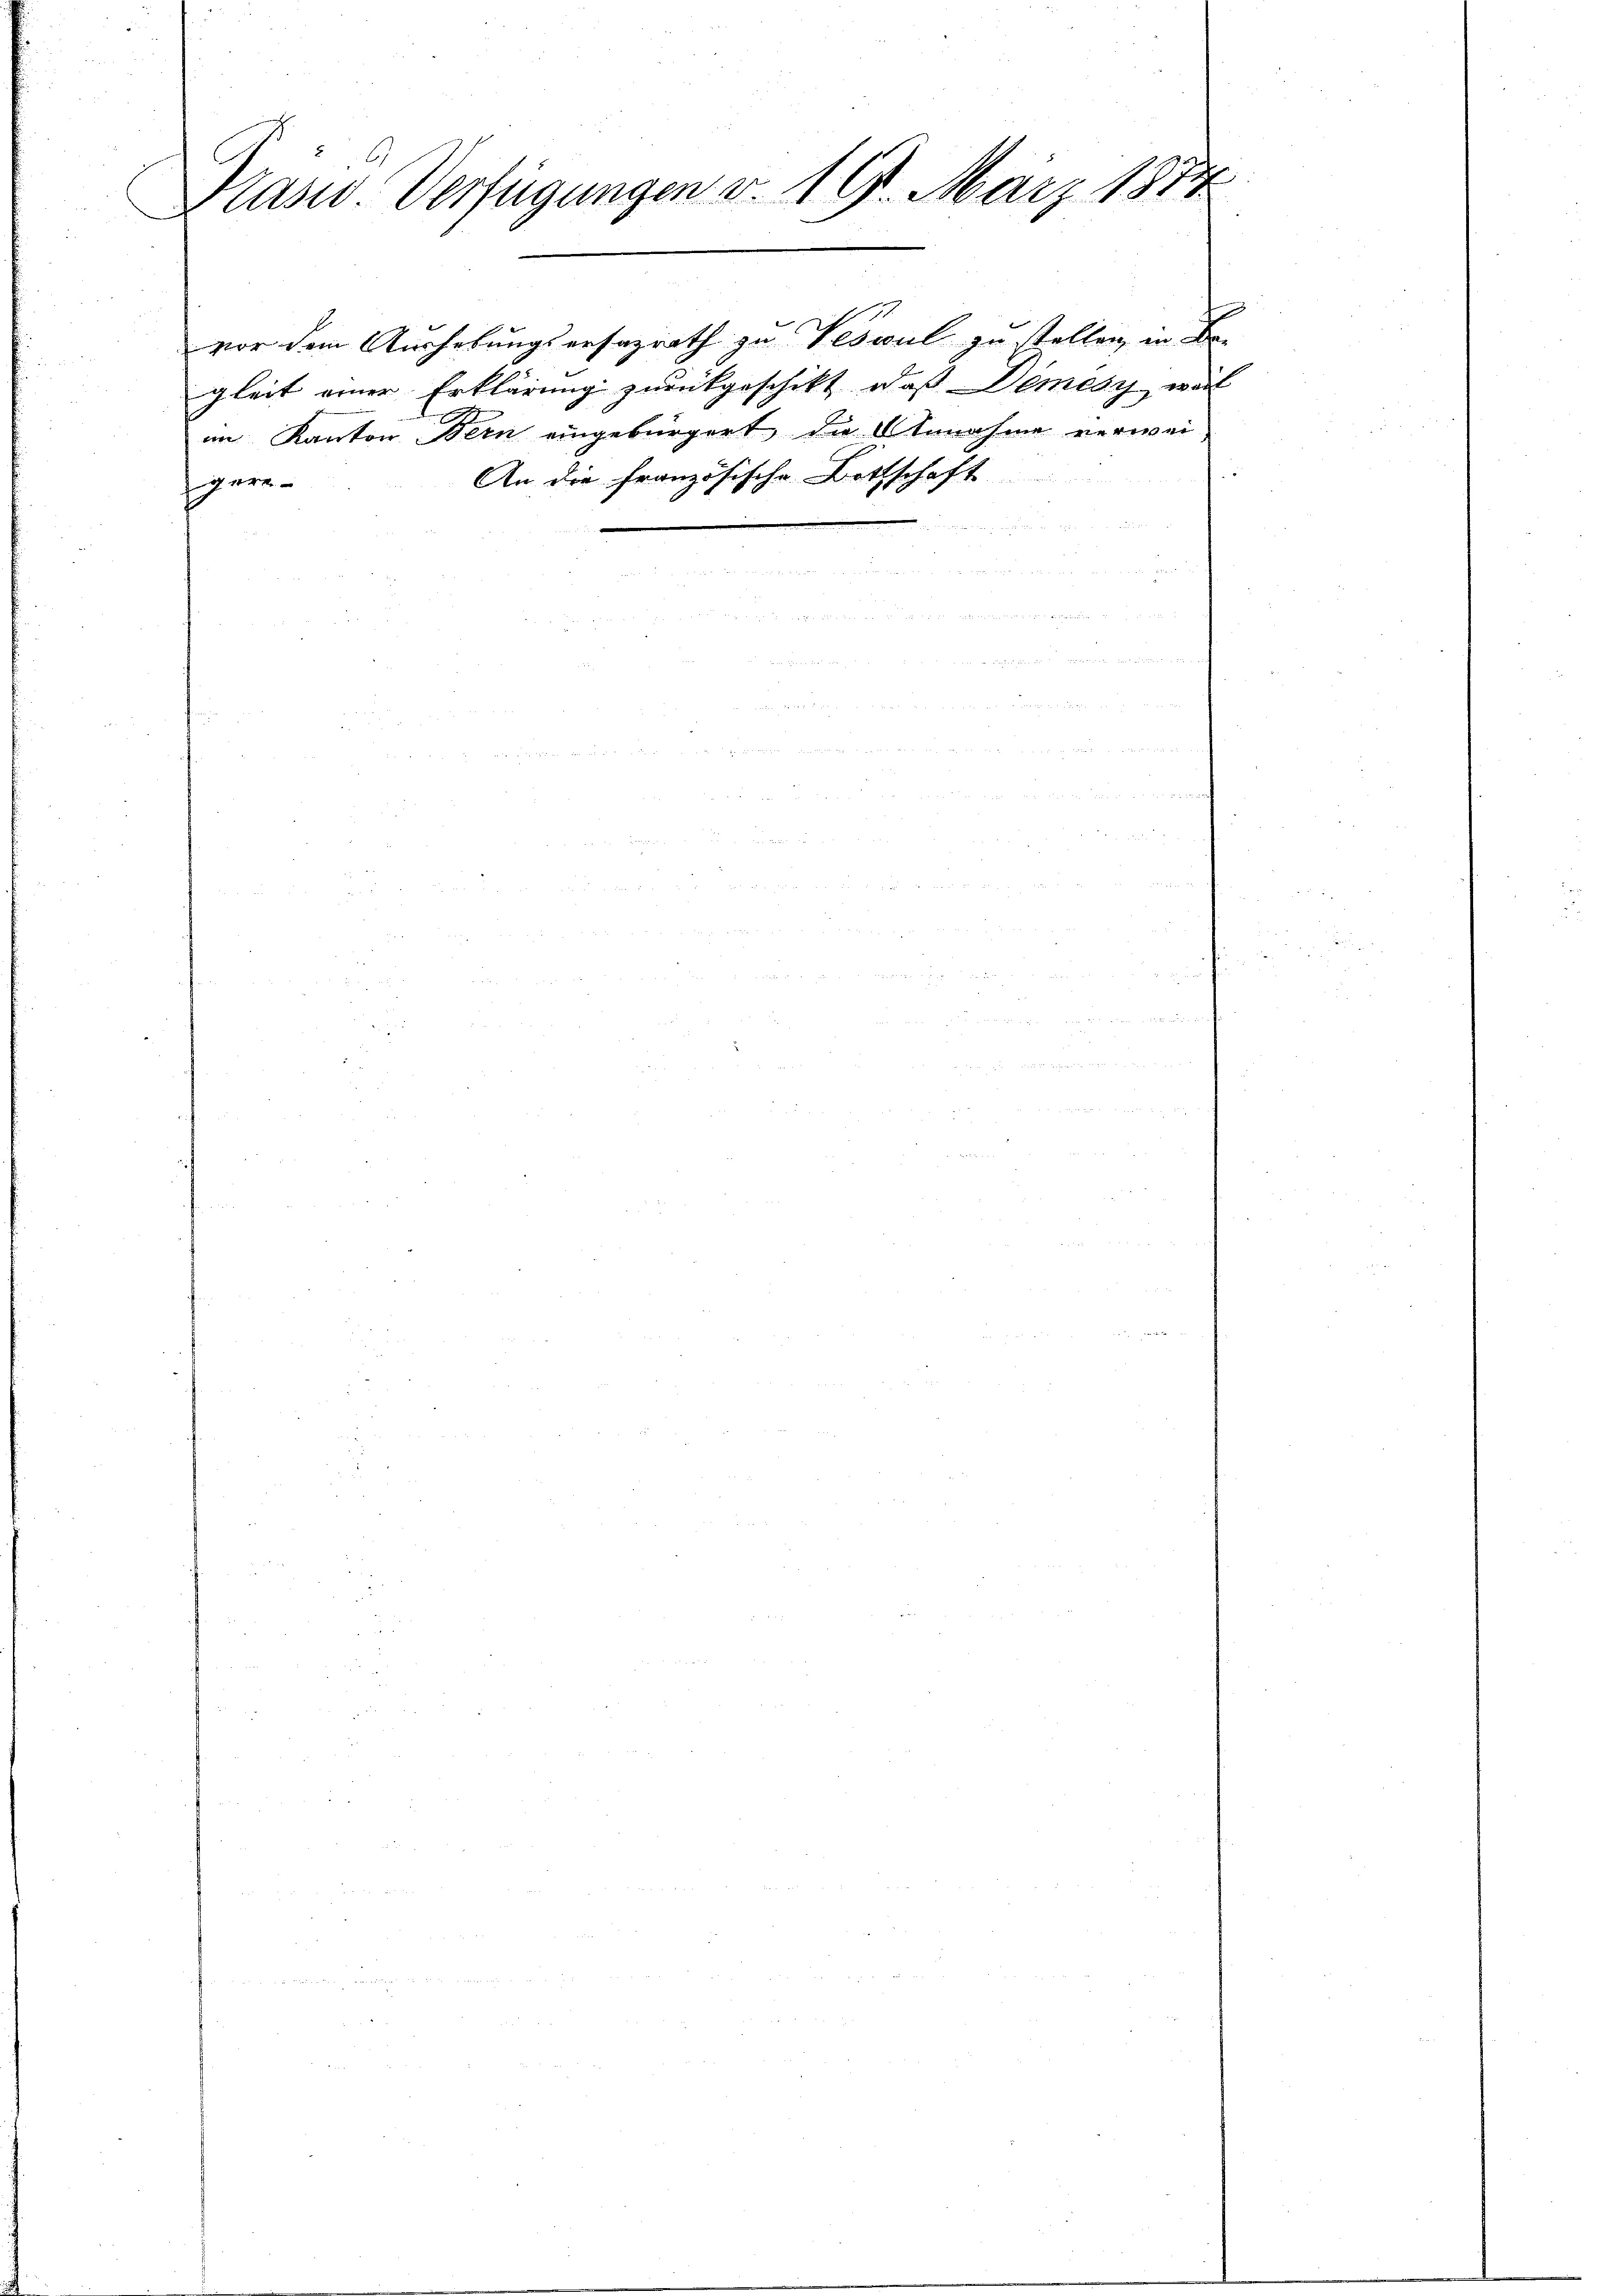
Präsid. Verfügungen v. 19. März 1874

gare

vor dem Aushebungsersazrath zu Veswul zu stellen, in Be-
gleit einer Erklärung zurückgeschikt, daß Demésy, wel
im Kanton Bern eingebürgert, die Annahme verwei¬
An die französische Bottschaft